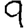
Digit: 9